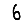
Digit: 6